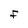
Character: F